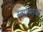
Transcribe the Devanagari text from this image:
स्वास्तिका